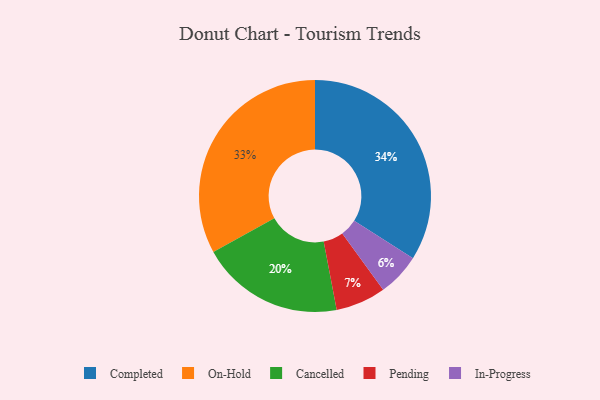
{"axis": {"x": "Category", "y": "Percentage"}, "legend": ["Cancelled", "Completed", "In-Progress", "On-Hold", "Pending"], "data": [{"x": "Completed", "y": 34, "type": "Completed"}, {"x": "Cancelled", "y": 20, "type": "Cancelled"}, {"x": "In-Progress", "y": 6, "type": "In-Progress"}, {"x": "Pending", "y": 7, "type": "Pending"}, {"x": "On-Hold", "y": 33, "type": "On-Hold"}]}